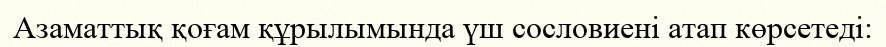
Азаматтық қоғам құрылымында үш сословиені атап көрсетеді: